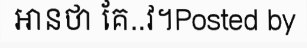
អានថា គែ..វ។Posted by